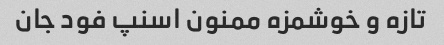
تازه و خوشمزه ممنون اسنپ فود جان